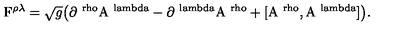
\mathrm { F } ^ { \rho \lambda } = \sqrt { g } \big ( \mathrm { \partial ^ { \ r h o } A ^ { \ l a m b d a } - \partial ^ { \ l a m b d a } A ^ { \ r h o } + [ A ^ { \ r h o } , A ^ { \ l a m b d a } ] \big ) } .